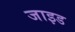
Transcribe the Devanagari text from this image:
जाइड